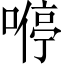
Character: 𠼵